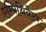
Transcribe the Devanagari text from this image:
एम्पिथियेटर